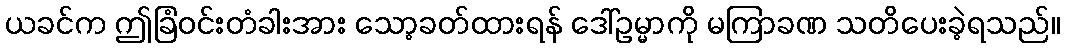
ယခင်က ဤခြံဝင်းတံခါးအား သော့ခတ်ထားရန် ဒေါ်ဥမ္မာကို မကြာခဏ သတိပေးခဲ့ရသည်။